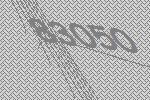
83050